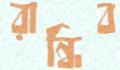
রান্ধিব